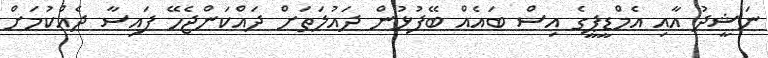
ނަޝީދު އާއި އެމްޑީޕީގެ އިސް ބައެއް ބޭފުޅުން ދައުލަތަށް ދައްކަންޖެހޭ ފައިސާ ދެއްކުމަށް